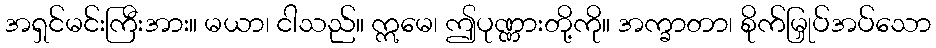
အရှင်မင်းကြီးအား။ မယာ၊ ငါသည်။ ဣမေ၊ ဤပုဏ္ဏားတို့ကို။ အက္ခာတာ၊ စိုက်မြှုပ်အပ်သော